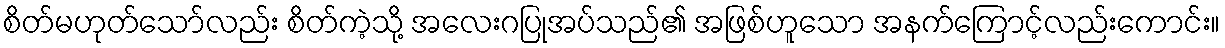
စိတ်မဟုတ်သော်လည်း စိတ်ကဲ့သို့ အလေးဂပြုအပ်သည်၏ အဖြစ်ဟူသော အနက်ကြောင့်လည်းကောင်း။